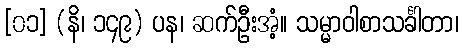
[၀၁] (နိ၊ ၁၄၉) ပန၊ ဆက်ဦးအံ့။ သမ္မာဝါစာသင်္ခါတာ၊